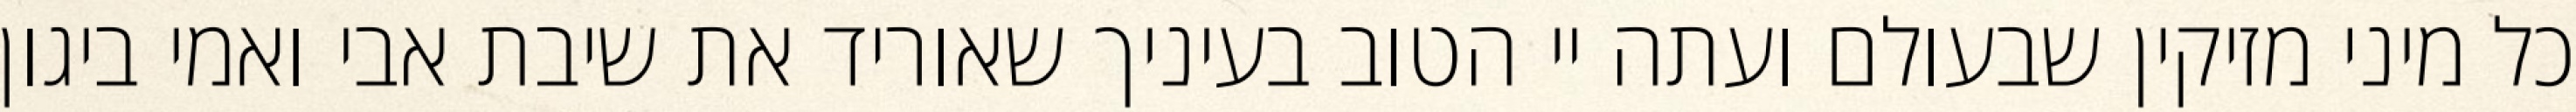
כל מיני מזיקין שבעולם ועתה יי הטוב בעיניך שאוריד את שיבת אבי ואמי ביגון